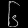
Digit: ၆